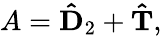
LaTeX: A=\mathbf{\hat{D}}_{2}+\mathbf{\hat{T}},